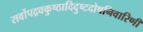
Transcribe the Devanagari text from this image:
सर्वोपद्रवकुष्ठादिदुष्टदोषनिवारिणी